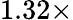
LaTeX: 1.32\times